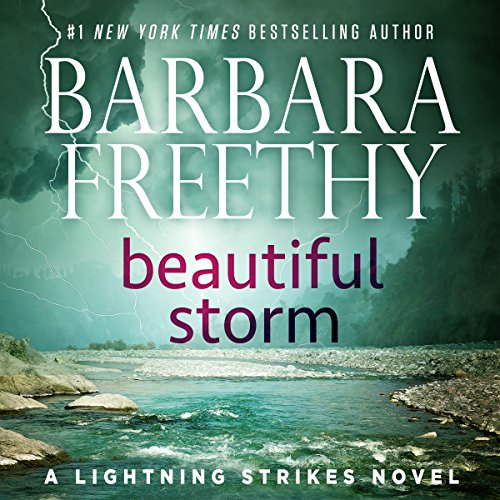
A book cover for Beautiful Storm: Lightning Strikes, Book 1; Barbara Freethy; Romance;